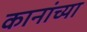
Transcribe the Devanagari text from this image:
कानांच्या